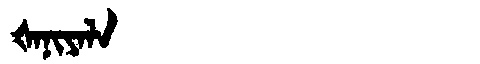
Manchu: ᡧᠠᠨᡳᠶᠠᠯᠠ
Romanization: ŠANIYALA